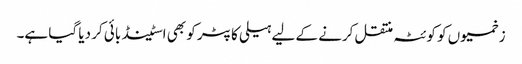
زخمیوں کو کوئٹہ منتقل کرنے کے لیے ہیلی کاپٹر کو بھی اسٹینڈ بائی کر دیا گیا ہے۔